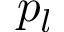
p _ { l }